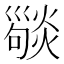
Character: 𢀆